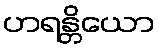
ဟရန္တိယော